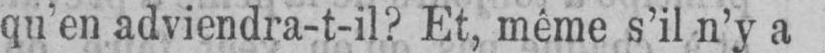
qu’en adviendra-t-il? Et, même s’il n’y a